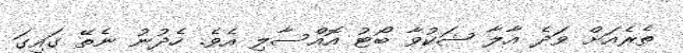
ތެރެއަށް ވަދެ އާލާ ޝަކުވާ ބޯޓު އޮއްސާލި އެވެ. ހެދުނު ނެތޭ ގައިގަ